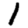
Digit: 1